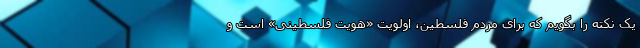
یک نکته را بگویم که برای مردم فلسطین، اولویت «هویت فلسطینی» است و